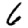
Digit: 6